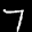
Label: 7